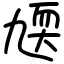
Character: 㐡